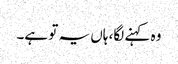
وہ کہنے لگا، ہاں یہ تو ہے۔